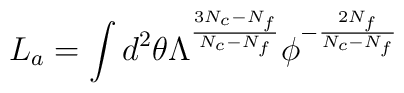
L_a = \int d^2\theta \Lambda^{\frac{3 N_c-N_f}{N_c-N_f}}\phi^{- \frac{2 N_f}{N_c-N_f}}